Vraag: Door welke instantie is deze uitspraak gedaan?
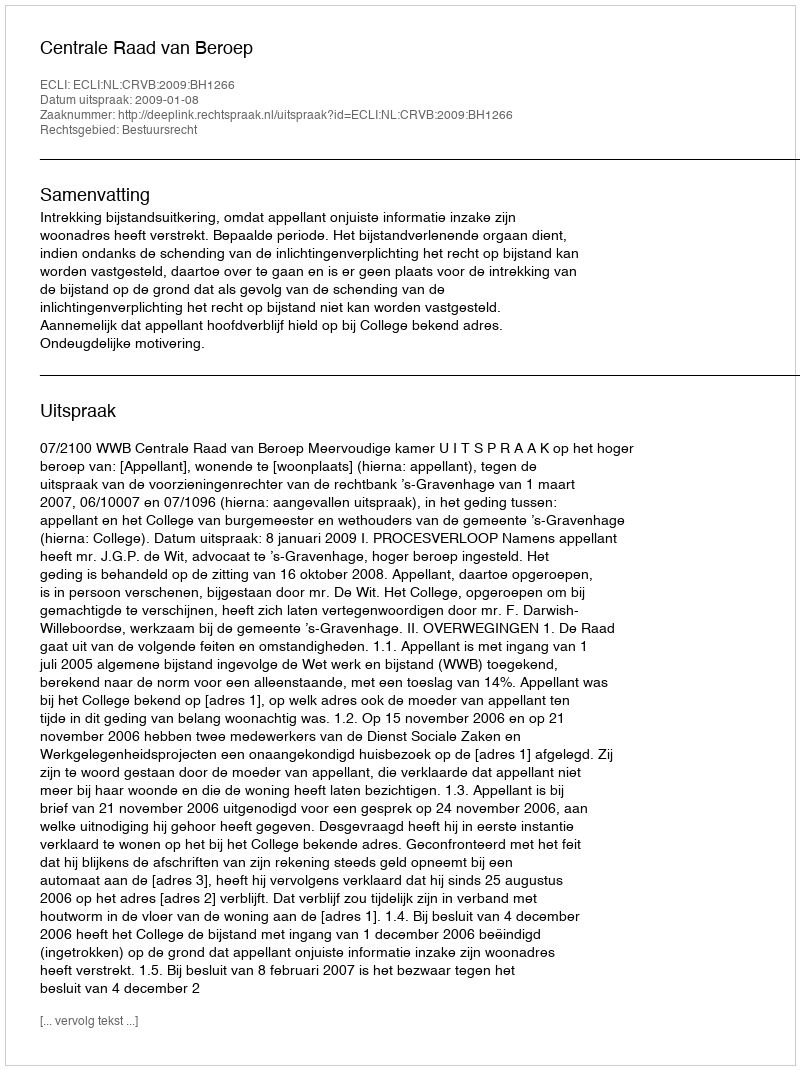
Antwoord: Centrale Raad van Beroep